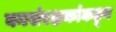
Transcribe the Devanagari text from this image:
वनसंरक्षकांकडून